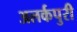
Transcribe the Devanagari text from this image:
अलर्कपुरी